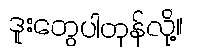
ဒူးတွေပါတုန်လို့။